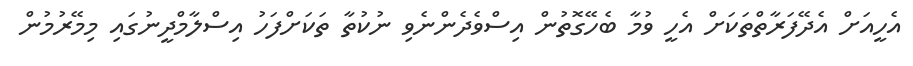
އެހީއަށް އެދޭފަރާތްތަކަށް އެހީ ވުމާ ބެހޭގޮތުން އިސްވެދެންނެވި ނުކުތާ ތަކަށްފަހު އިސްލާމްދީނުގައި މިމޭރުމުން